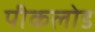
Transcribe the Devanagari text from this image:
पीकलोड